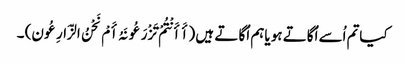
کیاتم اُسے اُگاتے ہو یاہم اُگا تے ہیں (أَ أَنْتُمْ تَزْرَعُونَہُ أَمْ نَحْنُ الزَّارِعُون) ۔